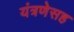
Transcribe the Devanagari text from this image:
यंत्रणेसह